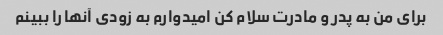
برای من به پدر و مادرت سلام کن امیدوارم به زودی آنها را ببینم